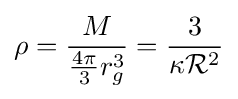
\rho ={\frac {M}{{\frac {4\pi }{3}}r_{g}^{3}}}={\frac {3}{\kappa {\mathcal {R}}^{2}}}